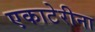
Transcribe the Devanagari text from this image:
एकाटेरीना